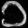
Digit: ၁